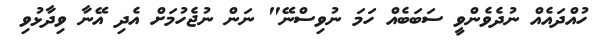
ހުއްދައެއް ނުދެވެންވީ ސަބަބެއް ހަމަ ނުވިސްނޭ" ނަން ނުޖެހުމަށް އެދި އޭނާ ވިދާޅުވި